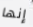
إنها